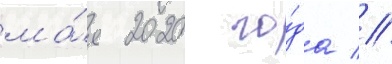
ма́я 2020 го́да //